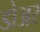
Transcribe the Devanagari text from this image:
डोअर